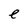
Character: e